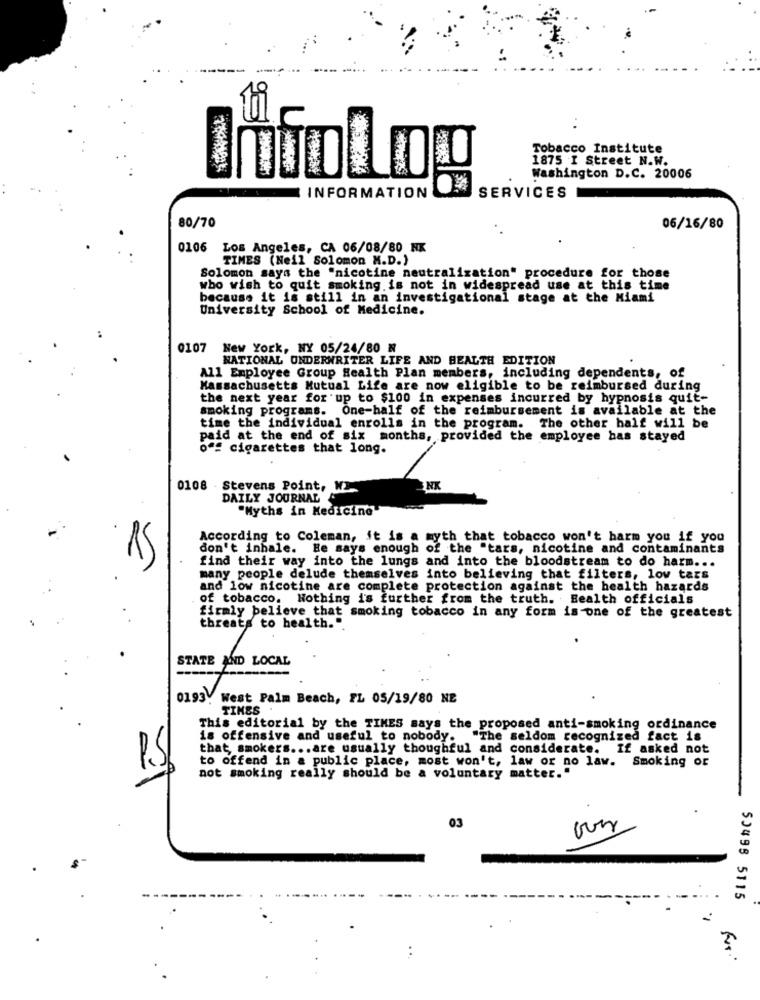
ti
Tobacco Institute
1875 I Street N.W.
Washington D.C. 20006
INFORMATION
SERVICES
80/70
06/16/80
0106 Los Angeles, CA 06/08/80 NK
TIMES (Neil Solomon M.D.)
Solomon says the "nicotine neutralization" procedure for those
who wish to quit smoking is not in widespread use at this time
because it is still in an investigational stage at the Miami
University School of Medicine.
0107 New York, NY 05/24/80 8
NATIONAL ONDERWRITER LIFE AND HEALTH EDITION
All Employee Group Health Plan members, including dependents, of
Massachusetts Mutual Life are now eligible to be reimbursed during
the next year for up to $100 in expenses incurred by hypnosis quit-
smoking programs. One-half of the reimbursement is available at the
time the individual enrolls in the program. The other half will be
paid at the end of six months, provided the employee has stayed
of cigarettes that long.
0108 . Stevens Point, W
NK
DAILY JOURNAL
"Myths in Medicine"
According to Coleman, it is a myth that tobacco won't harm you if you
don't inhale. He says enough of the "tars, nicotine and contaminants
15
find their way into the lungs and into the bloodstream to do harm ...
many people delude themselves into believing that filters, lov tars
and low nicotine are complete protection against the health hazards
of tobacco. Nothing is further from the truth. Health officials
firmly believe that smoking tobacco in any form is one of the greatest
threats to health."
STATE AND LOCAL
0193. West Palm Beach, FL 05/19/80 NE
TIMES
This editorial by the TIMES says the proposed anti-smoking ordinance
is offensive and useful to nobody. "The seldom recognized fact is
that smokers ... are usually thoughful and considerate. If asked not
to offend in a public place, most won't, law or no law. Smoking or
not smoking really should be a voluntary matter."
03
50498 5115